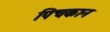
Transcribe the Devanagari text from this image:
पिचकान